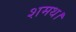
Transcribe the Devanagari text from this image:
शमथ।